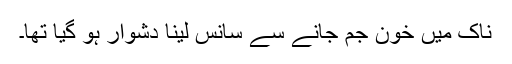
ناک میں خون جم جانے سے سانس لینا دشوار ہو گیا تھا۔